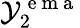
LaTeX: \mathcal{Y}_{2}^{\mathrm{~e~m~a~}}